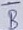
Text: B